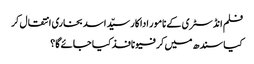
فلم انڈسٹری کے نامور اداکار سیّد اسد بخاری انتقال کر
کیا سندھ میں کرفیو نافذ کیا جائے گا؟